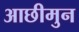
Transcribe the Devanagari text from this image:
आछीमुन